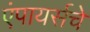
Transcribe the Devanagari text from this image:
एंपायर्सचे